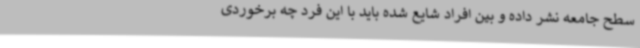
سطح جامعه نشر داده و بین افراد شایع شده باید با این فرد چه برخوردی